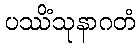
ပဿိံသုနာဂတံ